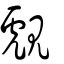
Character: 覤